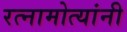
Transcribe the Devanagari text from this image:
रत्नामोत्यांनी